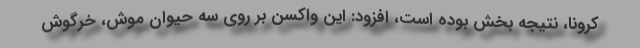
کرونا، نتیجه بخش بوده است، افزود: این واکسن بر روی سه حیوان موش، خرگوش